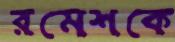
রমেশকে